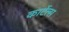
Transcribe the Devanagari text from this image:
कार्टेल्स